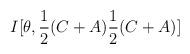
LaTeX: \begin{align*}I[\theta ,\frac{1}{2}(C+A)\frac{1}{2}(C+A)]\end{align*}